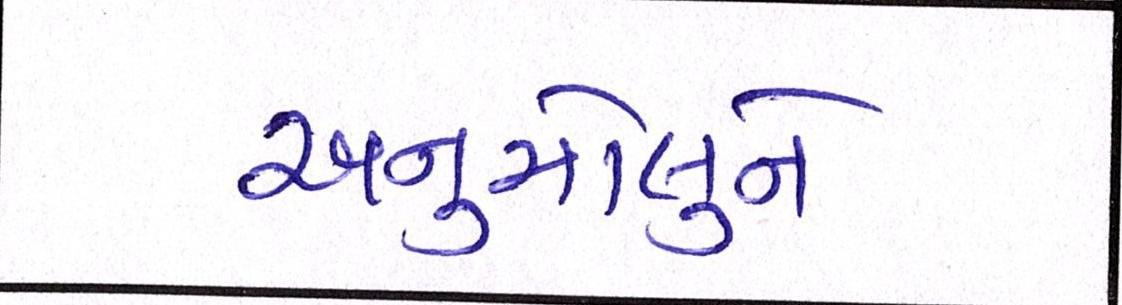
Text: અનુમોલુને